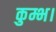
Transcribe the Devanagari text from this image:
कुम्भ।